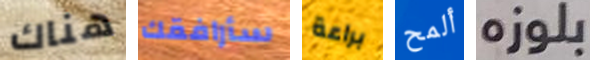
هناك سأرافقك براعة ألمح بلوزه